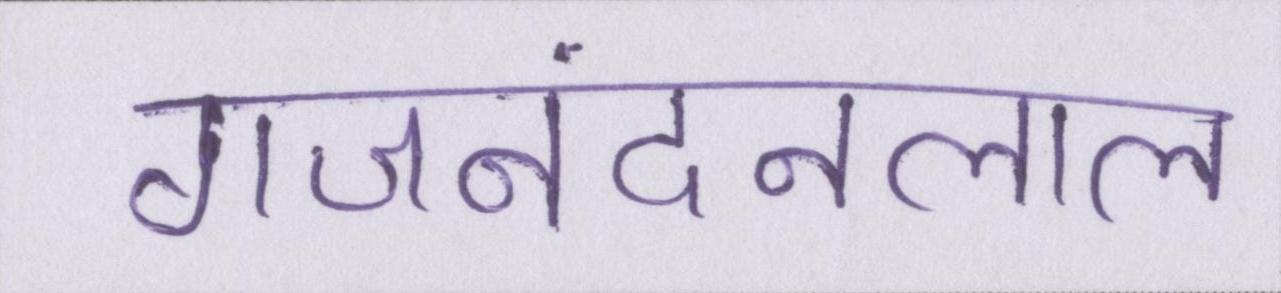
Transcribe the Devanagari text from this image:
गजनंदनलाल